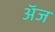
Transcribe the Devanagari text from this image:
अॅज